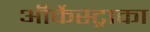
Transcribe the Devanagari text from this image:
ऑर्केस्ट्राका